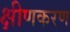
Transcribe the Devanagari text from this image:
क्षीणकरण